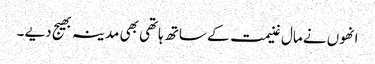
انھوں نے مال غنیمت کے ساتھ ہاتھی بھی مدینہ بھیج دیے ۔